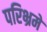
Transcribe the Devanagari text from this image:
परिभ्रमे